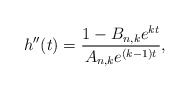
\begin{align*}h^{\prime\prime}(t)=\frac{1-B_{n,k}e^{kt}}{A_{n,k}e^{\left( k-1\right) t}},\end{align*}